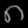
Digit: ၈